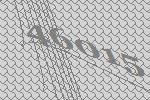
46015